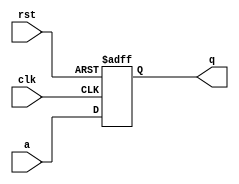
module siso ( clk , rst , a , q);
input a;
input clk ,rst;
output q;
reg q;
always @ ( posedge clk ,posedge rst)
begin 
if (rst == 1'b1)
q<= 1'b0;
else 
q<=a;
end
endmodule